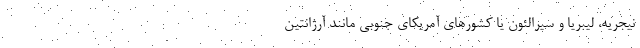
نیجریه، لیبریا و سیرالئون یا کشورهای آمریکای جنوبی مانند آرژانتین